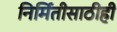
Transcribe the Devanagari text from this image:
निर्मितीसाठीही